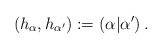
\begin{align*}\left(h_\alpha, h_{\alpha'}\right) := \left(\alpha|\alpha'\right).\end{align*}